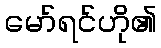
မော်ရင်ဟို၏